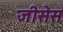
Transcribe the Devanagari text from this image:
जीसेस